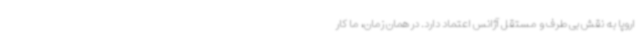
اروپا به نقش بی طرف و مستقل آژانس اعتماد دارد. در همان زمان، ما کار